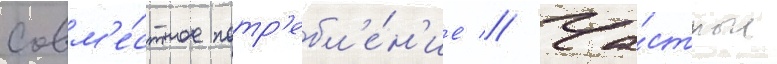
Совм'е́стное потр'ебл'е́н'ие // Ча́стные